Vital statistics of India. Vol. V, Reports of 1876 on armies & jails and on epidemic cholera
Year: 1876
Disease focus: Cholera
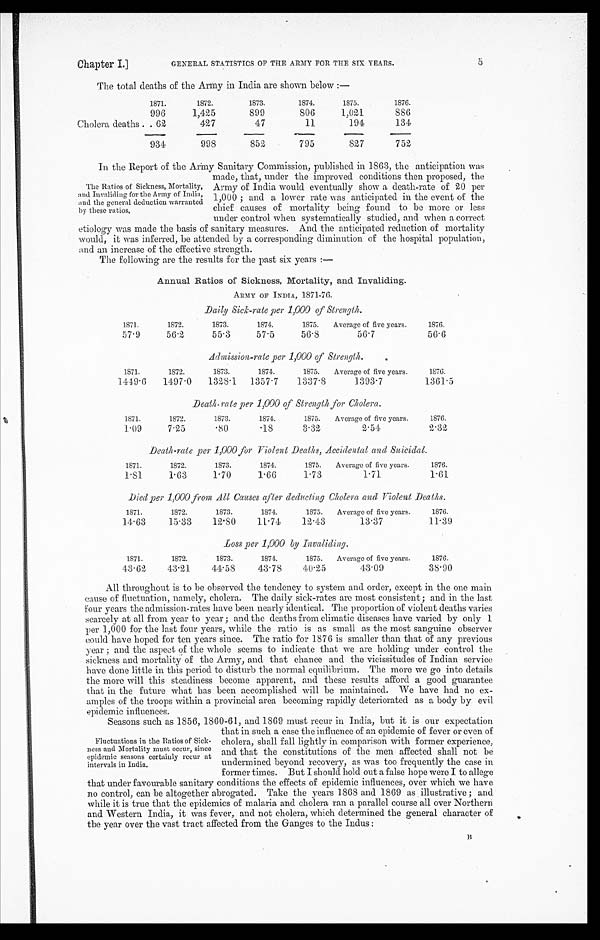
Chapter I.]
GENERAL STATISTICS OF THE ARMY FOR THE SIX YEARS.
5
The total deaths of the Army in India are shown below :—
1871.
1872.
1873.
1874.
1875.
1876.
996
1,425
899
806
1,021
886
Cholera deaths . . 62
427
47
11
194
134
934
998
852
795
827
752
In the Report of the Army Sanitary Commission, published in 1863, the anticipation was
The Ratios of Sickness, Mortality
and Invaliding for the Army of India,
and the general deduction warranted
by these ratios.
made, that, under the improved conditions then proposed, the
Army of India would eventually show a death-rate of 20 per
1,000 ; and a lower rate was anticipated in the event of the
chief causes of mortality being found to be more or less under control when sysematically studied, and when a correct
etiology was made the basis of sanitary measures. And the anticipated reduction of mortality
would, it was inferred, be attended by a corresponding diminution of the hospital population,
and an increase of the effective strength.
The following are the results for the past six years :—
Annual Ratios of Sickness, Mortality, and Invaliding.
ARMY OF INDIA, 1871-76.
Daily Sick-rate per 1,000 of Strength.
1871.
1872.
1873.
1874.
1875. Average of five years.
1876.
57 . 9
56.2
55.3
57.5
56.8
56.7
56.6
Admission-rate per 1,000 of Strength.
1871.
1872.
1873.
1874.
1875. Average of five years.
1876.
1419 . 6
1497 . 0
1328.1 1357 . 7
1337 . 8
1393.7
1361.5
Death-rate per 1,000 of Strength for Cholera.
1871.
1872.
1873.
1874.
1875. Average of five years.
1876.
1.09
7.25
. 8 0
.18
3.32
2 . 5 4
2.32
Death-rate per 1,000 for Violent Deaths, Accidental and Suicidal.
1871.
1872.
1873.
1874.
1875. Average of five years.
1876.
1. 81
1.63
1.70
1.66
1.73
1.71
1.61
Died per 1,000 from All Causes after deducting Cholera and Violent Deaths.
1871.
1872.
1873.
1874.
1875. Average of five years.
1876.
14 . 63
15.33
12.80
11.74
12.43
13.37
11.39
Loss per 1,000 by Invaliding.
1871.
1872.
1873.
1874.
1875. Average of five years.
1876.
43 . 62
43.21
41.58
43.78
40.25
43.09
38.90
All throughout is to be observed the tendency to system and order, except in the one main
cause of fluctuation, namely, cholera. The daily sick-rates are most consistent ; and in the last
four years the admission-rates have been nearly identical. The proportion of violent deaths varies
scarcely at all from year to year ; and the deaths from climatic diseases have varied by only 1
per 1,000 for the last four years, while the ratio is as small as the most sanguine observer
could have hoped for ten years since. The ratio for 1876 is smaller than that of any previous
year ; and the aspect of the whole seems to indicate that we are holding under control the
sickness and mortality of the Army, and that chance and the vicissitudes of Indian service
have done little in this period to disturb the normal equilibrium. The more we go into details
the more will this steadiness become apparent, and these results afford a good guarantee
that in the future what has been accomplished will be maintained. We have had no ex-
amples of the troops within a provincial area becoming rapidly deteriorated as a body by evil epidemic influences.
Seasons such as 1856, 1860-61 must recur in India, but it is our expectation
Fluctuations in the Ratios of Sick-
ness and Mortality must occur, since
epidemic seasons certainly recur at
intervals in India.
that in such a case the influence of an epidemic of fever or even of
cholera, shall fall lightly in comparison with former experience,
and that the constitutions of the men affected shall not be
undermined beyond recovery, as was too frequently the case in formertimes. But I should hold out a false hope were I to allege
that under favourable sanitary conditions the effects of epidemic influences, over which we have
no control, can be altogether abrogated. Take the years 1868 and 1869 as illustrative ; and
while it is true that the epidemics of malaria and cholera ran a parallel course all over Northern
and. Western India, it was fever, and not cholera, which determined the general character of
the year over the vast tract affected from the Ganges to the Indus :